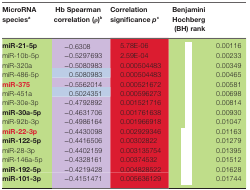
<table><thead><tr><td><b>MicroRNAspecies<sup>a</sup></b></td><td><b>Hb Spearman correlation (ρ)<sup>b</sup></b></td><td><b>Correlation significance <i>p</i><sup>c</sup></b></td><td><b>Benjamini Hochberg(BH) rank</b></td><td>[EMPTY_CELL]</td></tr></thead><tbody><tr><td><b>miR-21-5p</b></td><td>−0.6308</td><td>5.78E-06</td><td>[EMPTY_CELL]</td><td>0.00116</td></tr><tr><td>miR-10b-5p</td><td>−0.5297693</td><td>2.59E-04</td><td>[EMPTY_CELL]</td><td>0.00233</td></tr><tr><td>miR-320a</td><td>−0.5080983</td><td>0.000504483</td><td>[EMPTY_CELL]</td><td>0.00349</td></tr><tr><td>miR-486-5p</td><td>0.5080983</td><td>0.000504483</td><td>[EMPTY_CELL]</td><td>0.00465</td></tr><tr><td><b>miR-375</b></td><td>−0.5562014</td><td>0.000521672</td><td>[EMPTY_CELL]</td><td>0.00581</td></tr><tr><td>miR-451a</td><td>0.5024351</td><td>0.000596273</td><td>[EMPTY_CELL]</td><td>0.00698</td></tr><tr><td>miR-30e-3p</td><td>−0.4792892</td><td>0.001521716</td><td>[EMPTY_CELL]</td><td>0.00814</td></tr><tr><td><b>miR-30a-5p</b></td><td>−0.4631706</td><td>0.001761638</td><td>[EMPTY_CELL]</td><td>0.00930</td></tr><tr><td>miR-92b-3p</td><td>−0.4986164</td><td>0.001966918</td><td>[EMPTY_CELL]</td><td>0.01047</td></tr><tr><td><b>miR-22-3p</b></td><td>−0.4430098</td><td>0.002929346</td><td>[EMPTY_CELL]</td><td>0.01163</td></tr><tr><td><b>miR-122-5p</b></td><td>−0.4416506</td><td>0.00302822</td><td>[EMPTY_CELL]</td><td>0.01279</td></tr><tr><td>miR-28-3p</td><td>−0.4402159</td><td>0.003135754</td><td>[EMPTY_CELL]</td><td>0.01395</td></tr><tr><td>miR-146a-5p</td><td>−0.4328161</td><td>0.00374532</td><td>[EMPTY_CELL]</td><td>0.01512</td></tr><tr><td><b>miR-192-5p</b></td><td>−0.4219428</td><td>0.004828522</td><td>[EMPTY_CELL]</td><td>0.01628</td></tr><tr><td><b>miR-101-3p</b></td><td>−0.4151471</td><td>0.005636129</td><td>[EMPTY_CELL]</td><td>0.01744</td></tr></tbody></table>